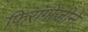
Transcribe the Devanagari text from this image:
फिरांगोजीने